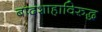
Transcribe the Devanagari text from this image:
बादशाहाविरुद्ध